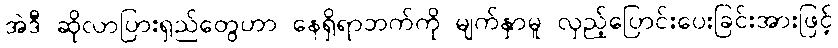
အဲဒီ ဆိုလာပြားရှည်တွေဟာ နေရှိရာဘက်ကို မျက်နှာမူ လှည့်ပြောင်းပေးခြင်းအားဖြင့်